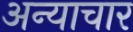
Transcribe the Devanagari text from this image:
अन्याचार